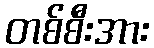
တစ်စီးအား